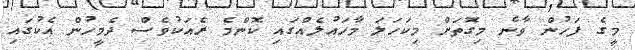
މީގެ ފަހުން ވާނެ މިގޮތަށް މިކަހަލަ މާހައުލެއްގައި ކޮންމެ ރެއަކުވެސް ދެމީހުން އެކުގައި